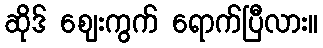
ဆိုဒ် ဈေးကွက် ရောက်ပြီလား။